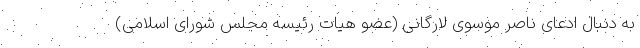
به دنبال ادعای ناصر موسوی لارگانی (عضو هیات رئیسه مجلس شورای اسلامی)